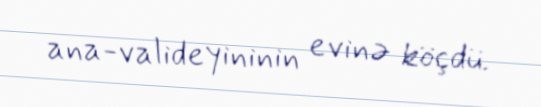
ana-valideyininin evinə köçdü.